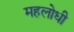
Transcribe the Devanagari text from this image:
महलोधी